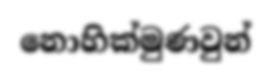
නොහික්මුණවුන්